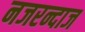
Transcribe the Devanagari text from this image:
नजरन्दाज